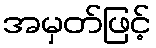
အမှတ်ဖြင့်